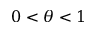
0 < \theta < 1